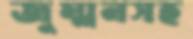
জুম্মনসহ